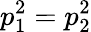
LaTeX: p_{1}^{2}=p_{2}^{2}